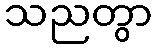
သညတွာ